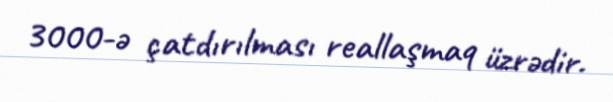
3000-ə çatdırılması reallaşmaq üzrədir.